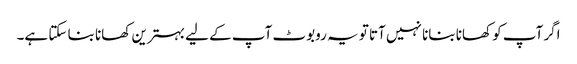
اگر آپ کو کھانا بنانا نہیں آتا تو یہ روبوٹ آپ کے لیے بہترین کھانا بنا سکتا ہے۔